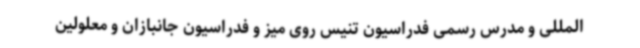
المللی و مدرس رسمی فدراسیون تنیس روی میز و فدراسیون جانبازان و معلولین